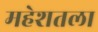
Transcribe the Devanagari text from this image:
महेशतला